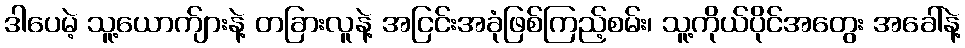
ဒါပေမဲ့ သူ့ယောက်ျားနဲ့ တခြားလူနဲ့ အငြင်းအခုံဖြစ်ကြည့်စမ်း၊ သူ့ကိုယ်ပိုင်အတွေး အခေါ်နဲ့